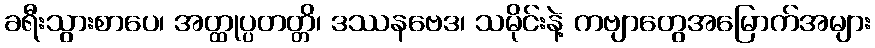
ခရီးသွားစာပေ၊ အတ္ထုပ္ပတတ္တိ၊ ဒဿနဗေဒ၊ သမိုင်းနဲ့ ကဗျာတွေအမြောက်အများ